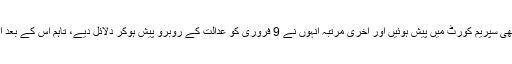
عاصمہ جہانگیر آئین کے آرٹیکل 62 ون ایف کی تشریح کے مقدمے میں بھی سپریم کورٹ میں پیش ہوئیں اور آخری مرتبہ انہوں نے 9 فروری کو عدالت کے روبرو پیش ہوکر دلائل دیے، تاہم اس کے بعد انہیں قدرت نے مہلت نہ دی اور 11 فروری کو وہ خالق حقیقی سے جاملیں۔